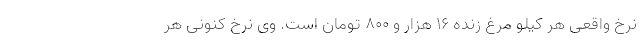
نرخ واقعی هر کیلو مرغ زنده ۱۶ هزار و ۸۰۰ تومان است. وی نرخ کنونی هر